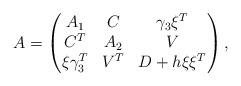
LaTeX: \begin{align*} A=\begin{pmatrix}A_1 & C & \gamma_3\xi^{T}\\ C^{T} & A_2 & V \\ \xi\gamma_3^{T} & V^{T} & D+h\xi\xi^{T} \end{pmatrix},\end{align*}